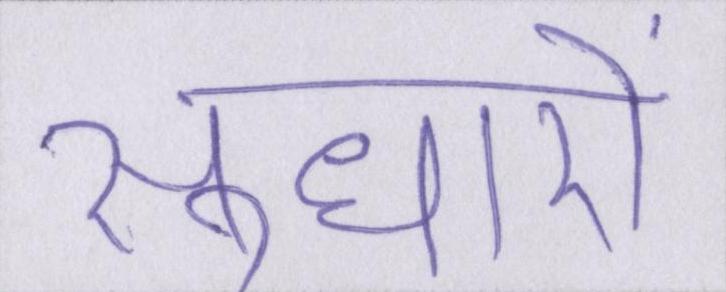
सुधारों